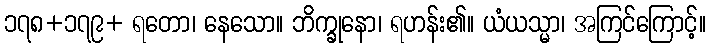
၁၇၈+၁၇၉+ ရတော၊ နေသော။ ဘိက္ခုနော၊ ရဟန်း၏။ ယံယသ္မာ၊ အကြင်ကြောင့်။